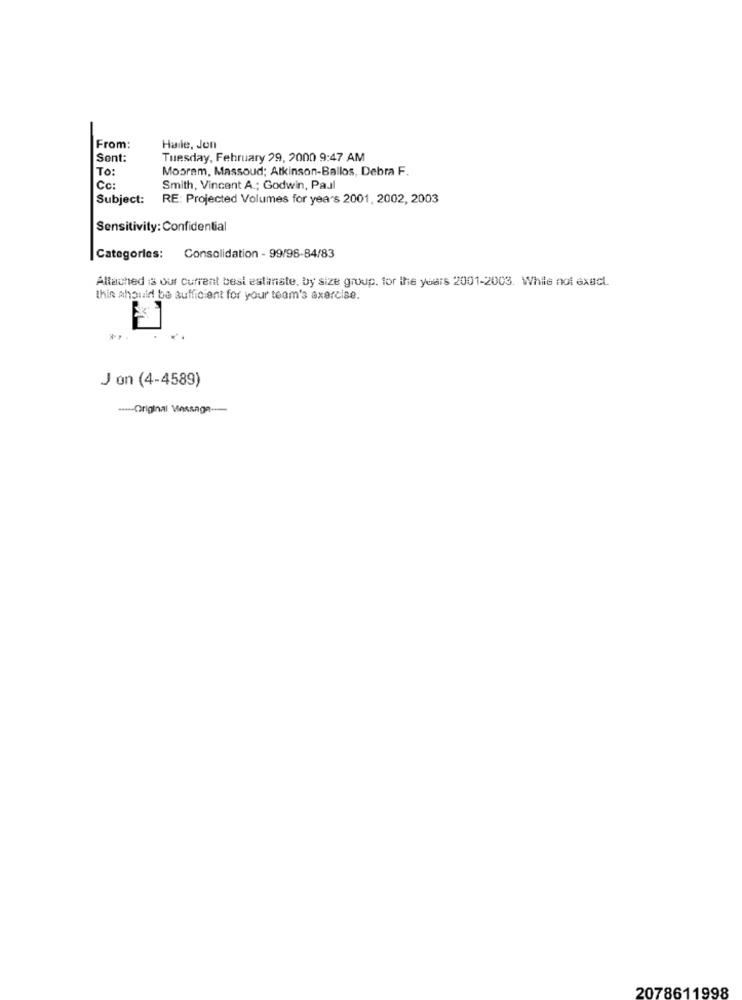
From:
Halle, Jon
Sont:
Tuesday, February 29, 2000 9:47 AM
TO:
Mosram, Massoud; Atkinson-Ballos, Debra F.
Cc:
Smith, Vincent A .; Godwin, Paul
Subject:
RE: Projected Volumes for years 2001, 2002, 2003
Sensitivity: Confidential
Categories: Consolidation - 99/98-84/83
Altached is our current best estimate, by size group, for the years 2001-2003. While not exact.
this should be sufficient for your team's axercise.
Mi
Jon (4-4589)
----- Original Message --
2078611998